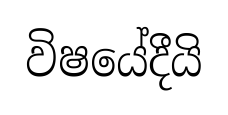
විෂයේදීයි